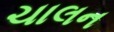
ચાલન